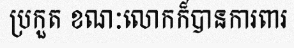
ប្រកួត ខណៈលោកក៏បានការពារ